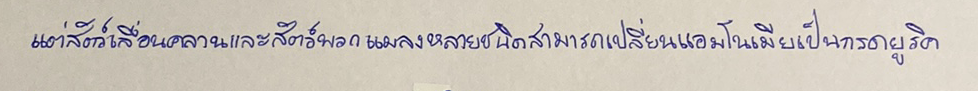
แต่สัตว์เลื้อยคลานและสัตว์พวกแมลงหลายชนิดสามารถเปลี่ยนแอมโมเนียเป็นกรดยูริค